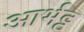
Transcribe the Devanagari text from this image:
आर्भट्ट